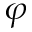
\varphi